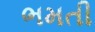
ભમતી